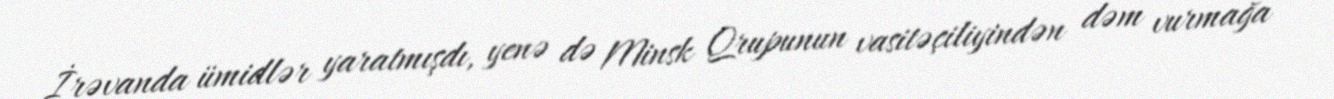
İrəvanda ümidlər yaratmışdı, yenə də Minsk Qrupunun vasitəçiliyindən dəm vurmağa